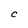
Character: C